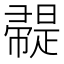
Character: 𢅦